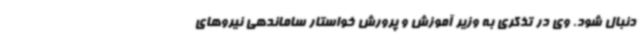
دنبال شود. وی در تذکری به وزیر آموزش و پرورش خواستار ساماندهی نیروهای